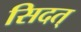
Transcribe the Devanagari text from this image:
सिदत्